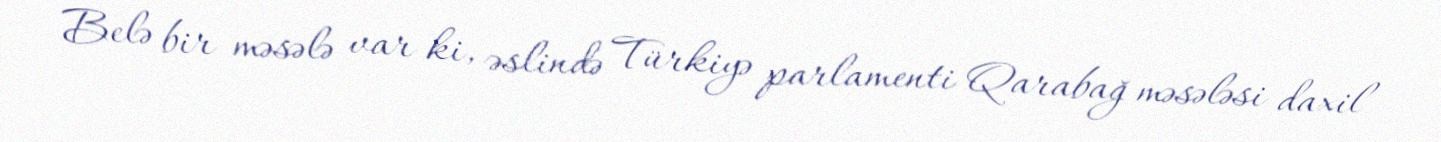
Belə bir məsələ var ki, əslində Türkiyə parlamenti Qarabağ məsələsi daxil